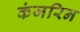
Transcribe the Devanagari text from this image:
कंजरिन